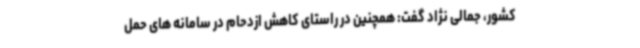
کشور، جمالی نژاد گفت: همچنین در راستای کاهش ازدحام در سامانه های حمل